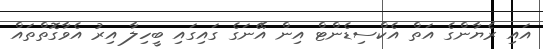
އައި ރެޔާންގެ އަތް އެކްސިޑެންޓް އިން އޭނަގެ ގައިގައި ބީހިލާ އިރު އެވާގޮތްތައް